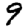
Digit: 9